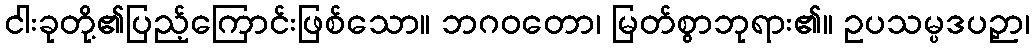
ငါးခုတို့၏ပြည့်ကြောင်းဖြစ်သော။ ဘဂဝတော၊ မြတ်စွာဘုရား၏။ ဥပသမ္ပဒပဉှာ၊